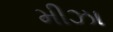
મીઝા